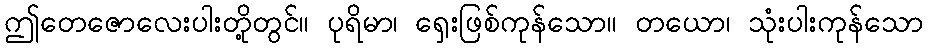
ဤတေဇောလေးပါးတို့တွင်။ ပုရိမာ၊ ရှေးဖြစ်ကုန်သော။ တယော၊ သုံးပါးကုန်သော